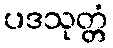
ပဒသုတ္တံ